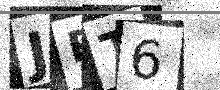
Text: JRT6